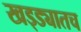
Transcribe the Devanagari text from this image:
खड्ड्यातच